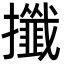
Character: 攕